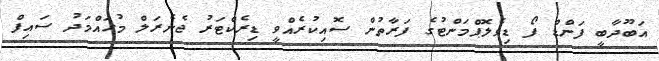
އަބޫދާބީ ފަންޑް ފޯ ޑިވެލޮޕްމަންޓުގެ ފަރާތުން ސޮއިކުރެއްވީ ޑިރެކްޓަރު ޖެނެރަލް މުހައްމަދު ސައިފް